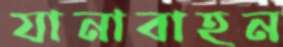
যানাবাহন